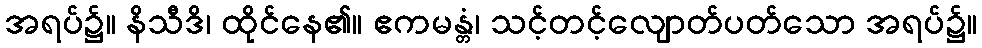
အရပ်၌။ နိသီဒိ၊ ထိုင်နေ၏။ ဧကမန္တံ၊ သင့်တင့်လျောတ်ပတ်သော အရပ်၌။